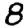
Digit: 8